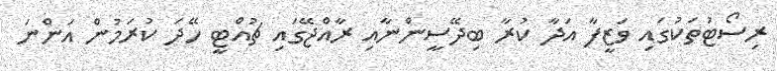
ރިސޯޓުތަކުގައި ވަޒީފާ އަދާ ކުރާ ބިދޭސީންނާއި ރާއްޖޭގައި ޗުއްޓީ ހޭދަ ކުރަމުން އަންނަ